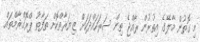
މި ގޮތުން މާލޭގެ އިތުރުން ރާއްޖެ ތިން ސަރަހައްދަކަށް ޒިޔަރާތްކޮށް ތަފާތު ޕްރޮގްރާމްތައް